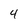
Character: 4